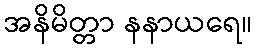
အနိမိတ္တာ နနာယရေ။